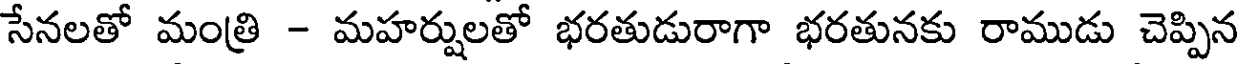
సేనలతో మంత్రి - మహర్షులతో భరతుడురాగా భరతునకు రాముడు చెప్పిన